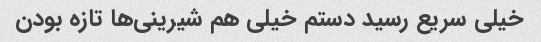
خیلی سریع رسید دستم خیلی هم شیرینی‌ها تازه بودن